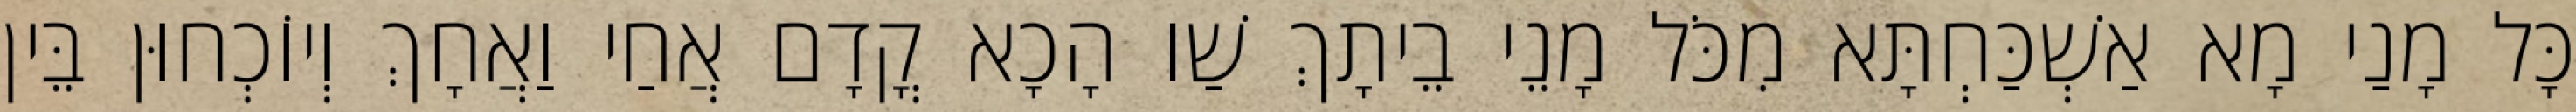
כָּל מָנַי מָא אַשְׁכַּחְתָּא מִכֹּל מָנֵי בֵיתָךְ שַׁו הָכָא קֳדָם אֲחַי וַאֲחָךְ וְיוֹכְחוּן בֵּין